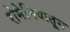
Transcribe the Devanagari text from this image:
रोमेनियातून